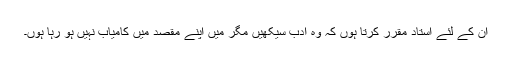
ان کے لئے استاد مقرر کرتا ہوں کہ وہ ادب سیکھیں مگر میں اپنے مقصد میں کامیاب نہیں ہو رہا ہوں۔